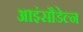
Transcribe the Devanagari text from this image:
आइंसौडेल्न